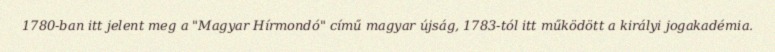
1780-ban itt jelent meg a "Magyar Hírmondó" című magyar újság, 1783-tól itt működött a királyi jogakadémia.